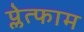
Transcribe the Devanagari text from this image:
प्लेत्फाम